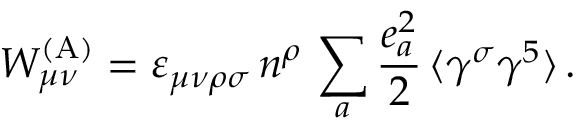
W _ { \mu \nu } ^ { \mathrm { ( A ) } } = \varepsilon _ { \mu \nu \rho \sigma } \, n ^ { \rho } \, \sum _ { a } \frac { e _ { a } ^ { 2 } } { 2 } \, \langle \gamma ^ { \sigma } \gamma ^ { 5 } \rangle \, .